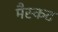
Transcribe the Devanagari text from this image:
मैस्कट